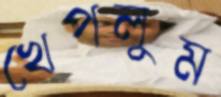
খেপলুম